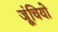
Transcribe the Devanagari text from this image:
जूंचियो